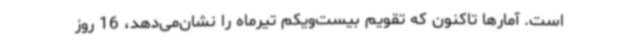
است. آمارها تاکنون که تقویم بیست‌ویکم تیرماه را نشان‌می‌دهد، 16 روز